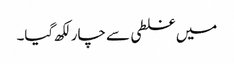
میں غلطی سے چار لکھ گیا۔